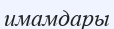
имамдары